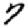
Digit: 7